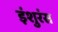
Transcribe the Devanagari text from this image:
इंशुरंस